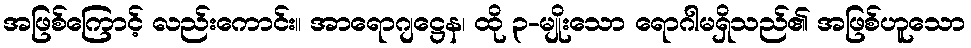
အဖြစ်ကြောင့် လည်းကောင်း။ အာရောဂျဋ္ဌေန၊ ထို ၃-မျိုးသော ရောဂါမရှိသည်၏ အဖြစ်ဟူသော